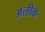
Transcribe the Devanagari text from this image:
अलीक